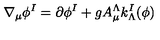
\nabla _ { \mu } \phi ^ { I } = \partial \phi ^ { I } + g A _ { \mu } ^ { \Lambda } k _ { \Lambda } ^ { I } ( \phi )